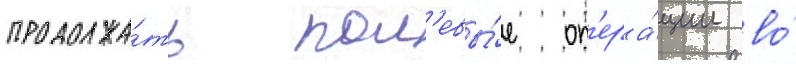
продолжа́ть пол'евы́е оп'ера́ции во́